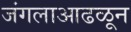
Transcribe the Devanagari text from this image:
जंगलाआढळून